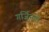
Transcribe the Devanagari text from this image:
गर्जिनले